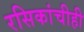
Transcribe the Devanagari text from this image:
रसिकांचीही